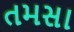
તમસા